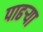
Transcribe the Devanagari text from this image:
पाढर्‍या